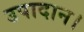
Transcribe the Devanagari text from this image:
उपादान।